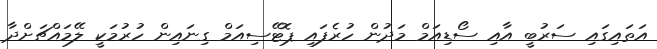
އަތައިގައި ސަރުބީ އާއި ސޯޑިއަމް މަދުން ހުރެފައި ޕޮޓޭސިއަމް ގިނައިން ހުރުމަކީ ލޭމައްޗަށްދާ